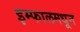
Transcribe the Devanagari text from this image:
इम्फालमधून